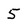
Character: 5